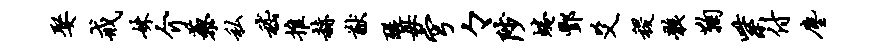
娶戒妹介藜私嵇推赫猷醍毋穹々陟蜷酆爻稷骸鞠紫付尘